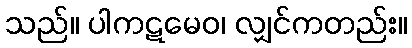
သည်။ ပါကဋမေဝ၊ လျှင်ကတည်း။